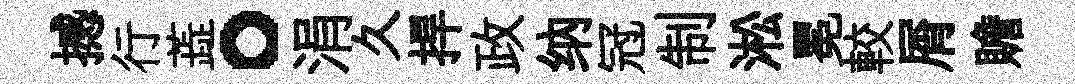
撼行蕋。涓久捍政纳冠制淞冕較屑贍